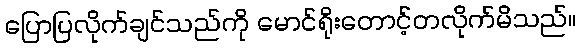
ပြောပြလိုက်ချင်သည်ကို မောင်ရိုးတောင့်တလိုက်မိသည်။